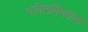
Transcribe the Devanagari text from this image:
भक्तिविषयक